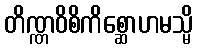
တိဏ္ဏဝိစိကိစ္ဆောဟမသ္မိ